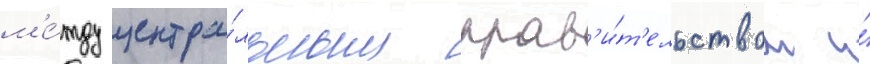
м'е́жду центра́льным прав'и́т'ельством и́